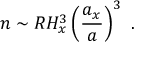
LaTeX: n \sim R H _ { x } ^ { 3 } \left( \frac { a _ { x } } { a } \right) ^ { 3 } \ .